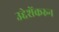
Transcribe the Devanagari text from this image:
उद्देशेंकरुन